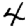
Digit: 4